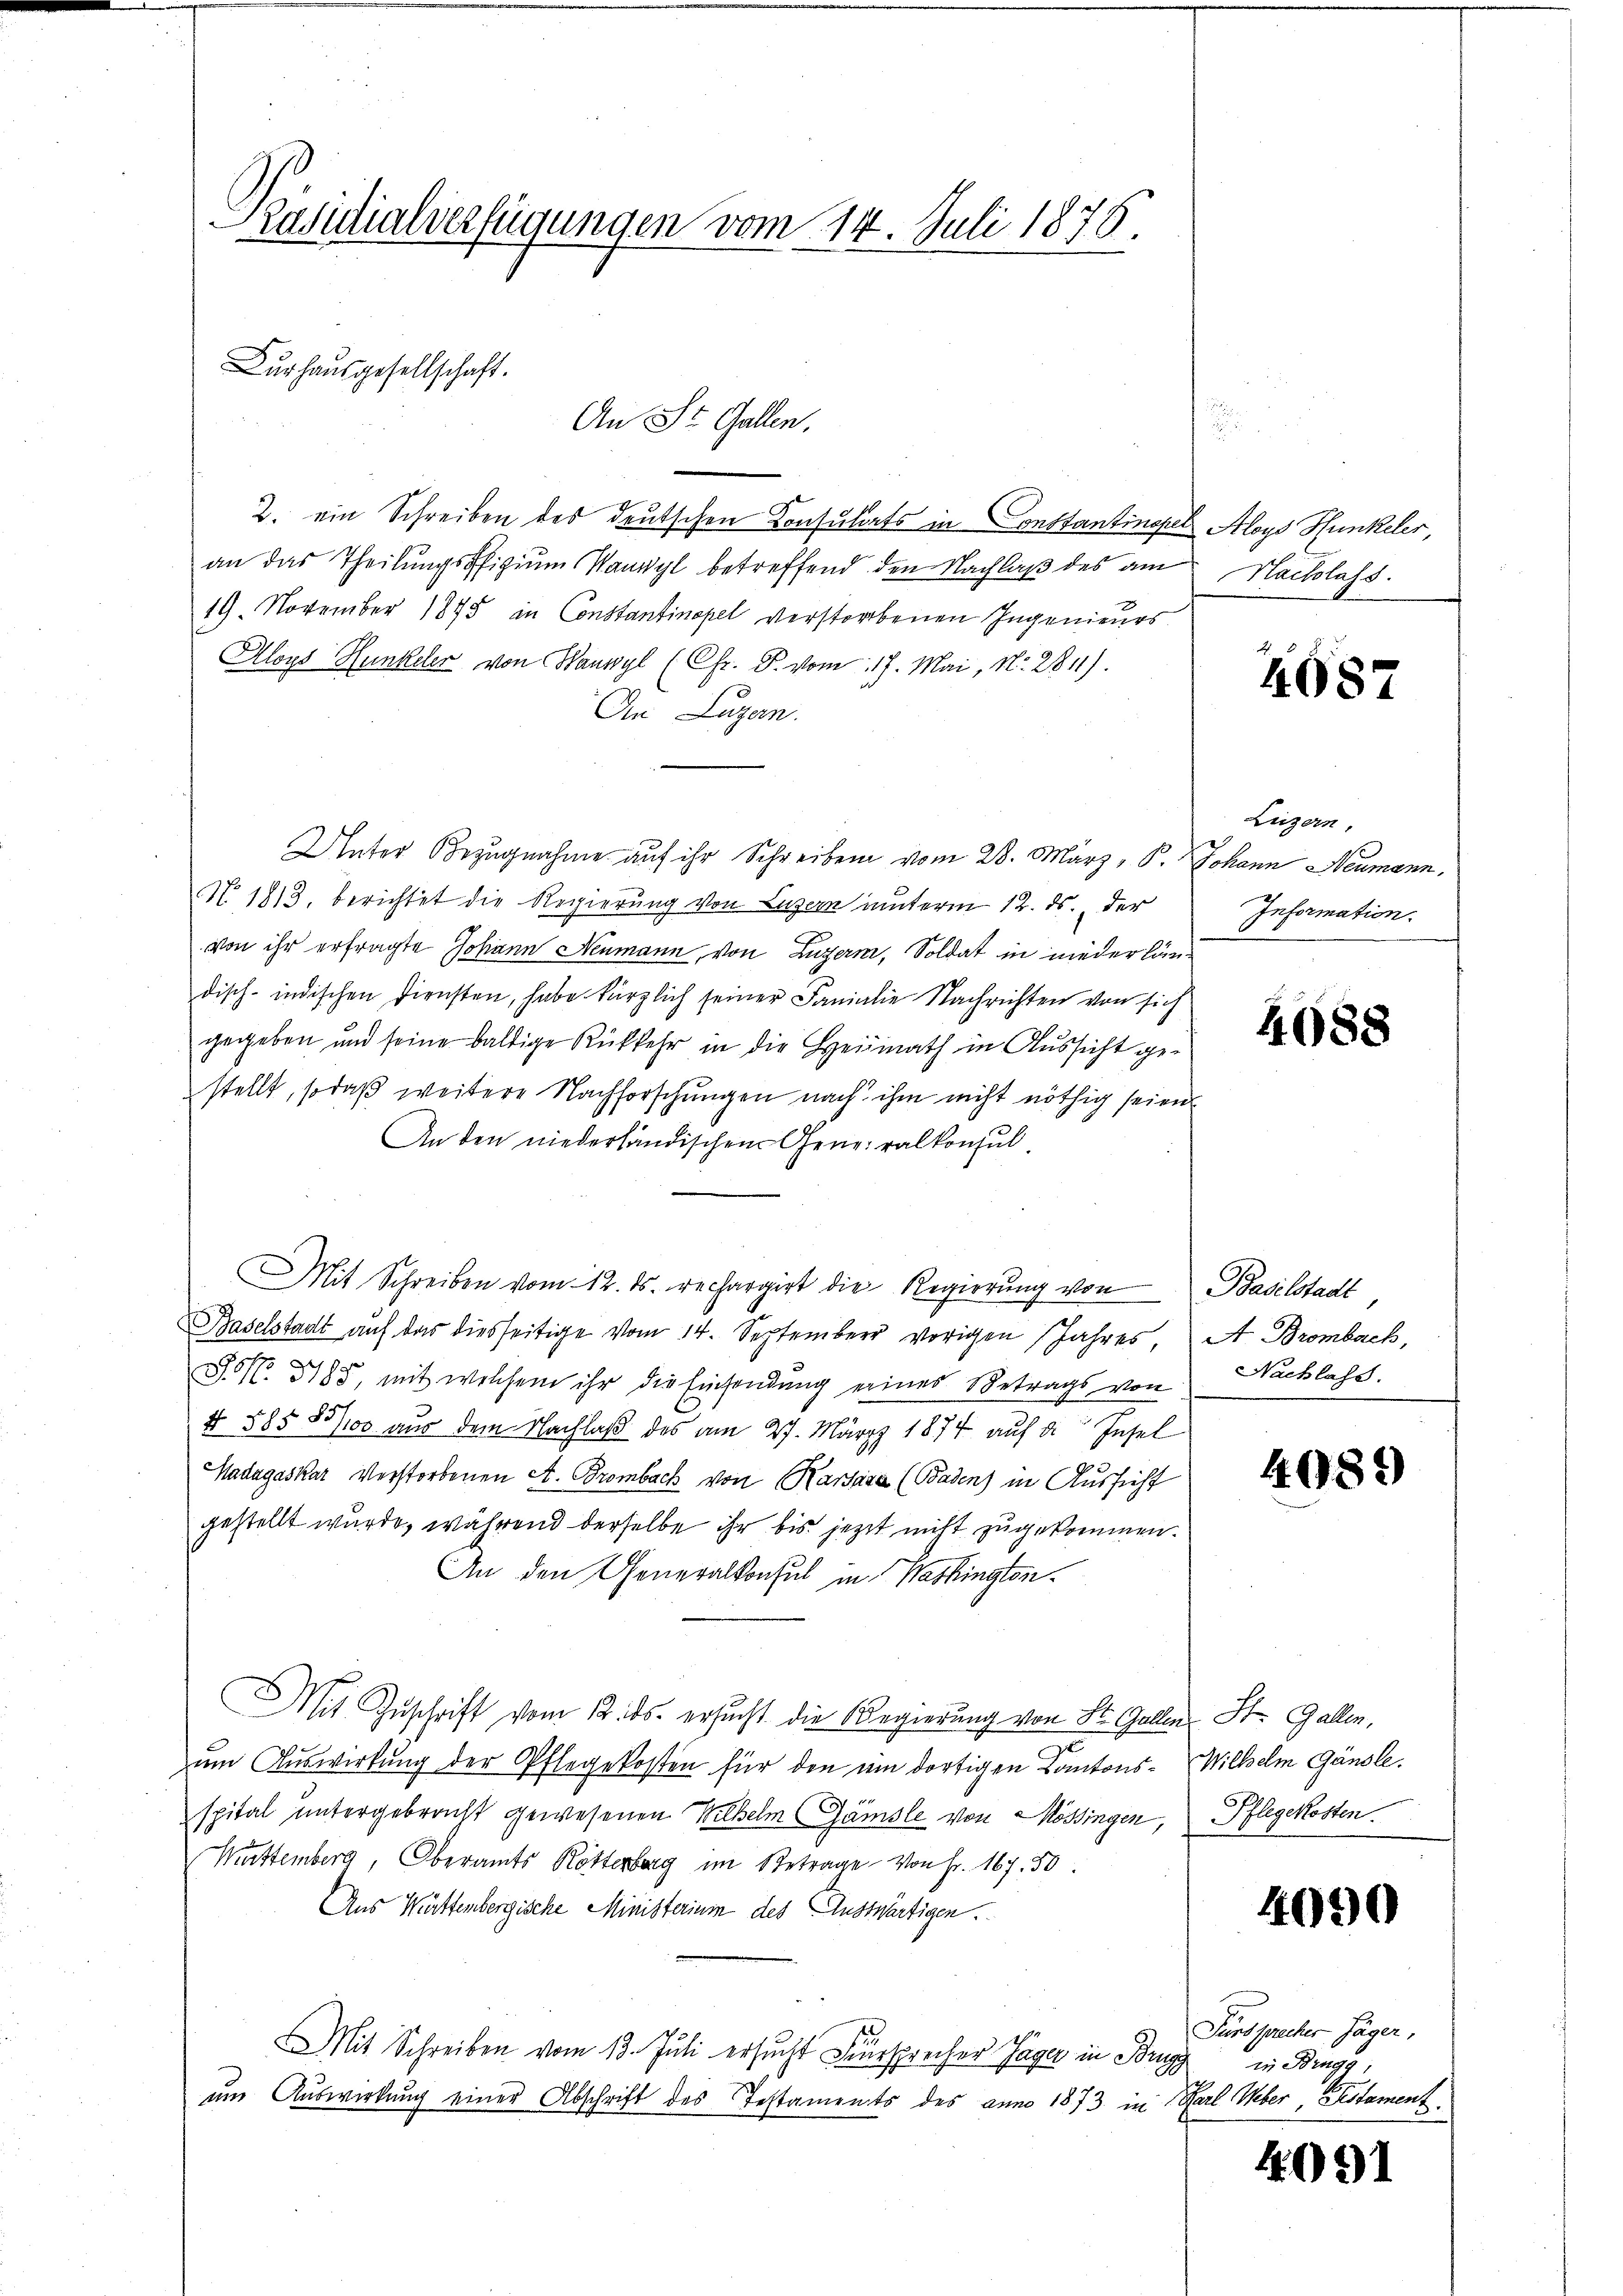
Pasilialverfügungen vom 14. Juli 1876.

Durhausgesellschaft.
An St. Gallen.

2. ein Schreiben des deutschen Konsulats in Constantinopel Aloys Hunkeler,
an das Theilungsoffizium kanwyl betreffend den Nachlaß des am
19. November 1875 in Constantinopel verstorbenen Ingenieurs
Aloys Hunkeler von Hauwyl (Chr. F. vom 17. Mai, N. 281).
In Lugan
Unter Bezugnahme auf ihr Schreiben vom 28. März, P. Johann Neumann,
No. 1813, berichtet die Regierung von Luzern unterm 12. ds. der
von ihr erfragte Johann Neumann, von Luzern, Soldat in nieder ländisch-indischen Diensten, habe kürzlich seiner Fanialie Nachrichten von sich
gegeben und seine baltige Rückkehr in die Heimath in Aussicht gestellt, sodaß weitere Nachforschungen nach ihm nicht nöthig seien
An den niederländischen Generalkonsul
Mit Schreiben vom 12. ds. rechargirt die Regierŭng von Baselstadt
Baselstadt auf das diesseitige vom 14. September vorigen Jahres, A. Brombach,
S.N. 5185, mit welchem ihr die Einsendung eines Betrags von Nachlass.
4 585 83/00 aus dem Nachlaß des am 27. März 1874 auf 2. Insel
Hadagaskar Verstorbenen A. Brombach von Karara (Baden) in Aussicht
gestellt wurde, während derselbe ihr bis jezt nicht zugekommen.
An den Generalkonsul in Washington¬
Mit Zuschrift vom 12. ds. ersucht die Regierung von St. Gallen St. Gallen,
um Auswirkung der Pflegekosten für den ein dortigen Kantons- Wilhelm Gänsle.
spital untergebracht gewesenen Wilhelm Gämsle von Mössingen, Pflegekosten
Muttemberg, Oberamts Rötterberg im Betrage von Fr. 167. 30.
Aus Württembergische Ministerium des Auswärtigen.
Mit Schreiben vom 13. Juli ersucht Fürsprecher Gager in Brug
um Auswirkung einer Abschrift des Testaments des anno 1873 in Karl Weber, Pestament

Hachlass

4087

Luzern,
Information.

4688

4089

4090

Fürsprecher Jäger,
in Drags,

4091